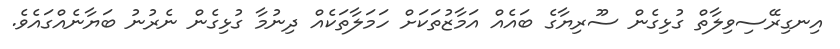
އިނގިރޭސިވިލާތް ގުޅިގެން ސޫރިޔާގެ ބައެއް އަމާޒުތަކަށް ހަމަލާތަކެއް ދިނުމާ ގުޅިގެން ނެރުނު ބަޔާނެއްގައެވެ.